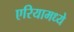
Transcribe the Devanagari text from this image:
एरियामध्ये